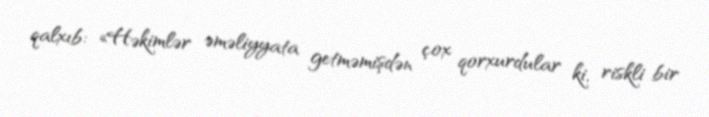
qalxıb: «Həkimlər əməliyyata getməmişdən çox qorxurdular ki, riskli bir